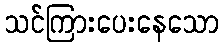
သင်ကြားပေးနေသော